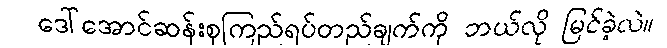
ဒေါ်အောင်ဆန်းစုကြည်ရပ်တည်ချက်ကို ဘယ်လို မြင်ခဲ့လဲ။